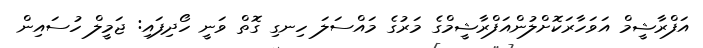
އަފްރާޝީމް އަވަހާރަކޮށްލުންއަފްރާޝީމްގެ މަރުގެ މައްސަލަ ހިނގި ގޮތް ވަނީ ހޯދިފައި: ޖަމީލް ހުސައިން